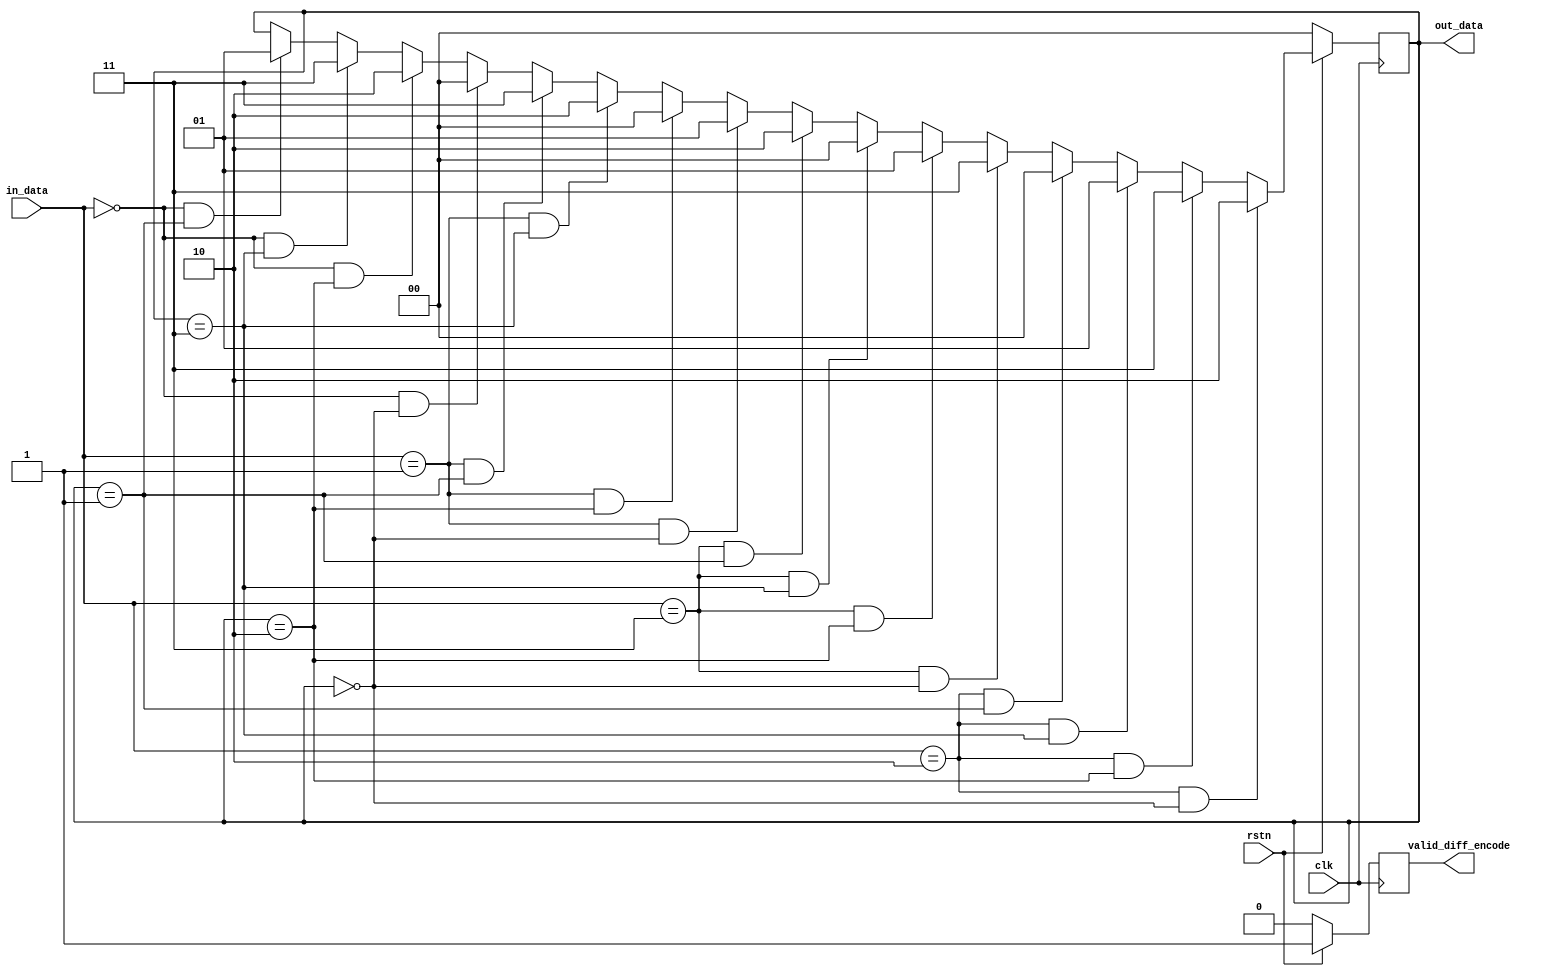
`timescale 1ns / 1ps
//////////////////////////////////////////////////////////////////////////////////
// Company: 
// Engineer: 
// 
// Design Name: 
// Module Name: diff_encode
// Project Name: 
// Target Devices: 
// Tool Versions: 
// Description: 
// 
// Dependencies: 
// 
// Revision:
// Revision 0.01 - File Created
// Additional Comments:
// 
//////////////////////////////////////////////////////////////////////////////////


module diff_encode(
    input rstn,
    input clk,
    input [1:0] in_data,
    output [1:0] out_data,
    output valid_diff_encode
    );
    reg [1:0] result;
    reg valid;
    assign out_data = result;
    assign valid_diff_encode = valid;
    
    always @(posedge clk) begin
        if(!rstn) begin
            result <= 2'b00;
            valid <= 0;
        end
        else begin
            valid <= 1;
            // when in_data == 2'b10, phase change is 315
            if((in_data == 2'b10) && (result == 2'b00)) 
                result <= 2'b10;
            else if((in_data == 2'b10) && (result == 2'b10))
                result <= 2'b11;
            else if((in_data == 2'b10) && (result == 2'b11))
                result <= 2'b01;
            else if((in_data == 2'b10) && (result == 2'b01))
                result <= 2'b00;
            
            // whne in_data == 2'b11, phase change is 45
            else if((in_data == 2'b11) && (result == 2'b00))
                result <= 2'b11;
            else if((in_data == 2'b11) && (result == 2'b10))
                result <= 2'b01;
            else if((in_data == 2'b11) && (result == 2'b11))
                result <= 2'b00;
            else if((in_data == 2'b11) && (result == 2'b01))
                result <= 2'b10;
            
            // when in_data == 2'b01, phase change is 135
            else if((in_data == 2'b01) && (result == 2'b00))
                result <= 2'b01;
            else if((in_data == 2'b01) && (result == 2'b10))
                result <= 2'b00;
            else if((in_data == 2'b01) && (result == 2'b11))
                result <= 2'b10;
            else if((in_data == 2'b01) && (result == 2'b01))
                result <= 2'b11;
            
            // when in_data == 2'b00, phase change is 225
            else if((in_data == 2'b00) && (result == 2'b00))
                result <= 2'b00;
            else if((in_data == 2'b00) && (result == 2'b10))
                result <= 2'b10;
            else if((in_data == 2'b00) && (result == 2'b11))
                result <= 2'b11;
            else if((in_data == 2'b00) && (result == 2'b01))
                result <= 2'b01;
        end
    end
endmodule